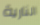
النارية